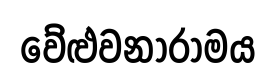
වේළුවනාරාමය